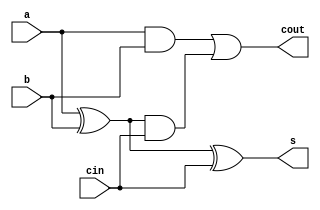
/*
 * fa.v
 */
//`timescale 1ns/1ps
module fa(a,b,cin,s,cout);
input a,b,cin;
output s,cout;
	assign	s = a ^ b ^ cin;
	assign cout = a & b | (a^b) & cin;
endmodule

module test();
reg a,b,cin;
wire s,cout;

fa U1(.a(a),.b(b),.cin(cin),.s(s),.cout(cout));
	initial begin
	$monitor("Time %t",$time);
	end
	always @(a or b or cin) begin
	//$display("At TIME %t A=%b, B=%b, c_in=%b SUM=%b c_out=%b\n",$time,a,b,cin,s,cout);
	$display($time," ",a,b," ",cin," s ",s,cout);
	end
//		always #5 a = ~a;
//		always #10 b = ~b;
initial begin
	#5  cin=1;
	#10 a=1;
	#10 b=1;
	#10 a=0;
	#10 a=1;
	#100 $finish;

end

endmodule